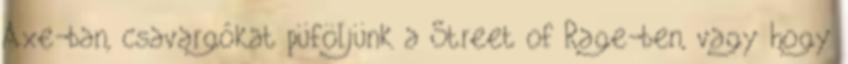
Axe-ban, csavargókat püföljünk a Street of Rage-ben, vagy hogy